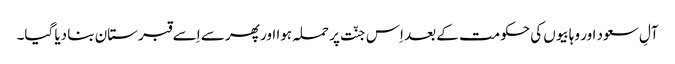
آلِ سعود اور وہابیوں کی حکومت کے بعد اِس جنّت پر حملہ ہوا اور پھر سے اِسے قبرستان بنا دیا گیا۔